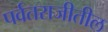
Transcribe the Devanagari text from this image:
पर्वतराजीतील